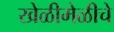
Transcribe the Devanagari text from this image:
खेळीमेळीचे